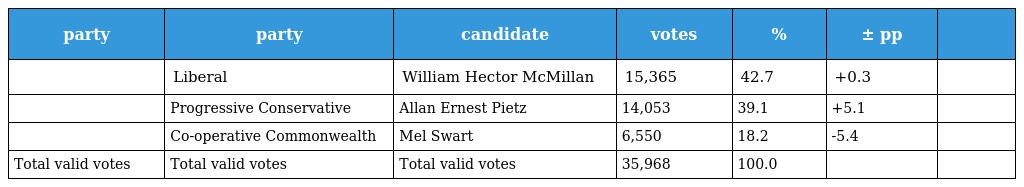
| party | party | candidate | votes | % | ± pp |  |
 | --- | --- | --- | --- | --- | --- | --- |
 |  | Liberal | William Hector McMillan | 15,365 | 42.7 | +0.3 |  |
 |  | Progressive Conservative | Allan Ernest Pietz | 14,053 | 39.1 | +5.1 |  |
 |  | Co-operative Commonwealth | Mel Swart | 6,550 | 18.2 | -5.4 |  |
 | Total valid votes | Total valid votes | Total valid votes | 35,968 | 100.0 |  |  |